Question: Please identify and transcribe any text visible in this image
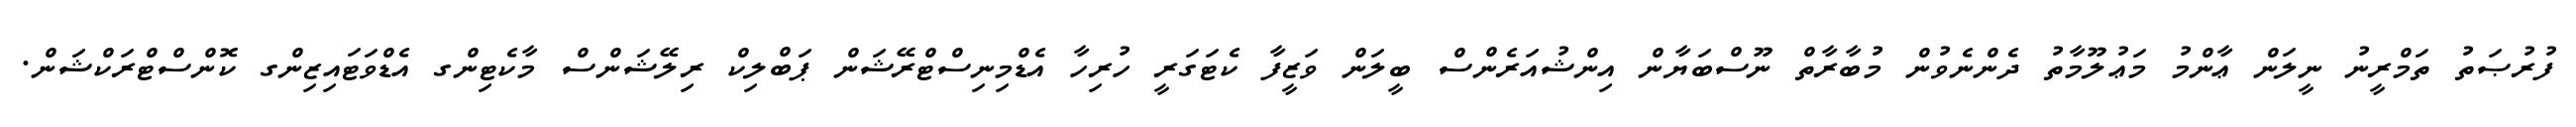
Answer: ފުރުޞަތު ތަމްރީނު ނީލަން ޢާންމު މަޢުލޫމާތު ދެންނެވުން މުބާރާތް ނޫސްބަޔާން އިންޝުއަރެންސް ބީލަން ވަޒީފާ ކެޓަގަރީ ހުރިހާ އެޑްމިނިސްޓްރޭޝަން ޕަބްލިކް ރިލޭޝަންސް މާކެޓިންގ އެޑްވަޓައިޒިންގ ކޮންސްޓްރަކްޝަން.